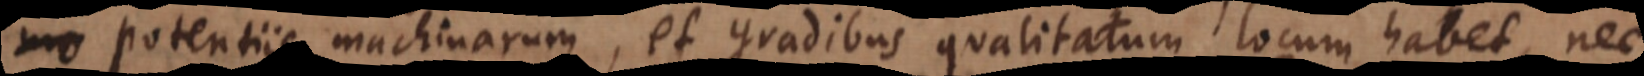
et potentiis machinarum, et gradibus qualitatum locum habet, nec